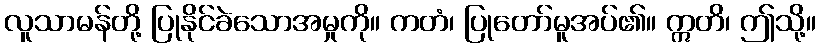
လူသာမန်တို့ ပြုနိုင်ခဲသောအမှုကို။ ကတံ၊ ပြုတော်မူအပ်၏။ ဣတိ၊ ဤသို့။